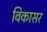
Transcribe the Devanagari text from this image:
विकासर